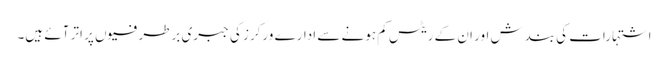
اشتہارات کی بندش اور ان کے ریٹس کم ہونے سے ادارے ورکرز کی جبری برطرفیوں پر اتر آئے ہیں۔